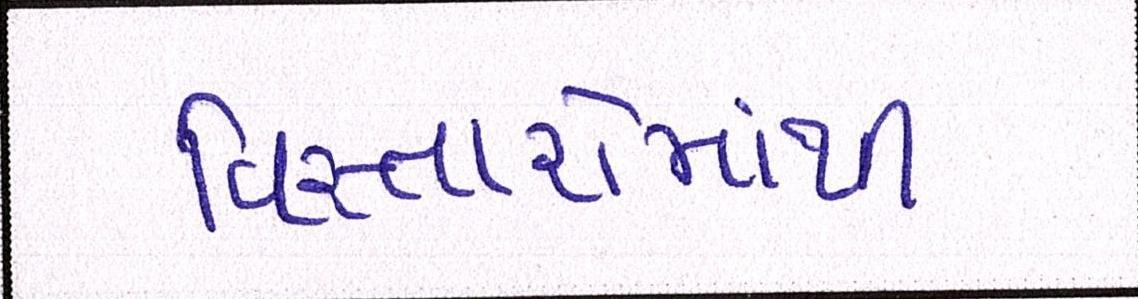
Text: વિસ્તારોમાંથી